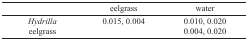
|  | eelgrass | water |
 | --- | --- | --- |
 | Hydrilla | 0.015, 0.004 | 0.010, 0.020 |
 | eelgrass |  | 0.004, 0.020 |